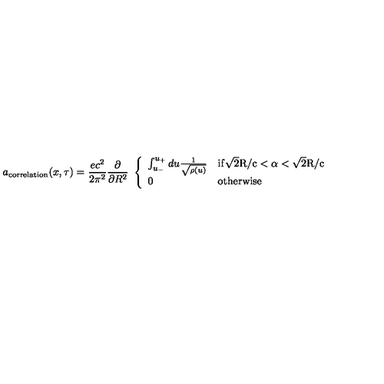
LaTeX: a _ { \mathrm { c o r r e l a t i o n } } ( x , \tau ) = \frac { e c ^ { 2 } } { 2 \pi ^ { 2 } } \frac { \partial } { \partial R ^ { 2 } } \ \left\{ \begin{array} { l l } { \int _ { u _ { - } } ^ { u _ { + } } d u \frac { 1 } { \sqrt { \rho ( u ) } } } & { \mathrm { i f \sqrt { 2 } R / c < \alpha < \sqrt { 2 } R / c } } \\ { 0 } & { \mathrm { o t h e r w i s e } } \\ \end{array} \right.